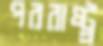
পররাষ্ট্র্র